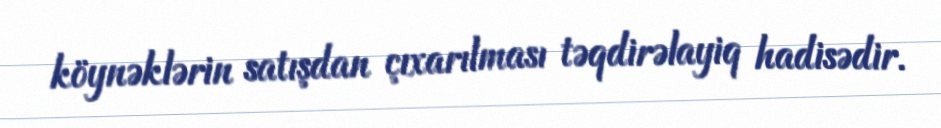
köynəklərin satışdan çıxarılması təqdirəlayiq hadisədir.